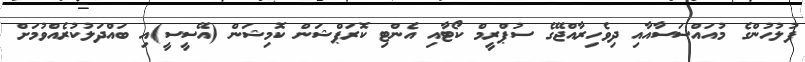
ފުލުހުންގެ މުއައްސަސާއާއި ދިވެހިރާއްޖޭގެ ސުޕްރީމް ކޯޓާއި އެންޓި ކޮރަޕްޝަން ކޮމިޝަން (އޭސީސީ)އި ބައްދަލުކުރެއްވުމަށް